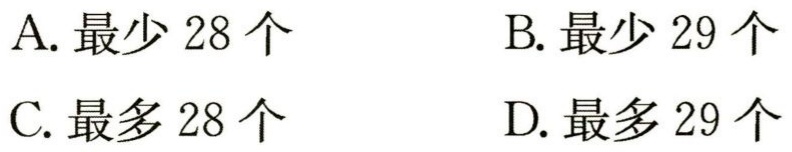
A. 最少 28 个

B. 最少 29 个

C. 最多 28 个

D. 最多 29 个